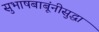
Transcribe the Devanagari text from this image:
सुभाषबाबूंनीसुद्धा